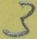
Text: 3